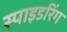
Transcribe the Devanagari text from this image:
स्पाइडरिंग